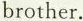
brother.